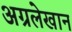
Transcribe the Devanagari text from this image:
अग्रलेखान